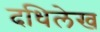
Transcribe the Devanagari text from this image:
दधिलेख